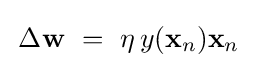
\,\Delta \mathbf {w} ~=~\eta \,y(\mathbf {x} _{n})\mathbf {x} _{n}